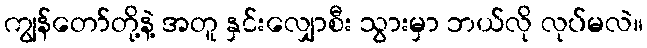
ကျွန်တော်တို့နဲ့ အတူ နှင်းလျှောစီး သွားမှာ ဘယ်လို လုပ်မလဲ။